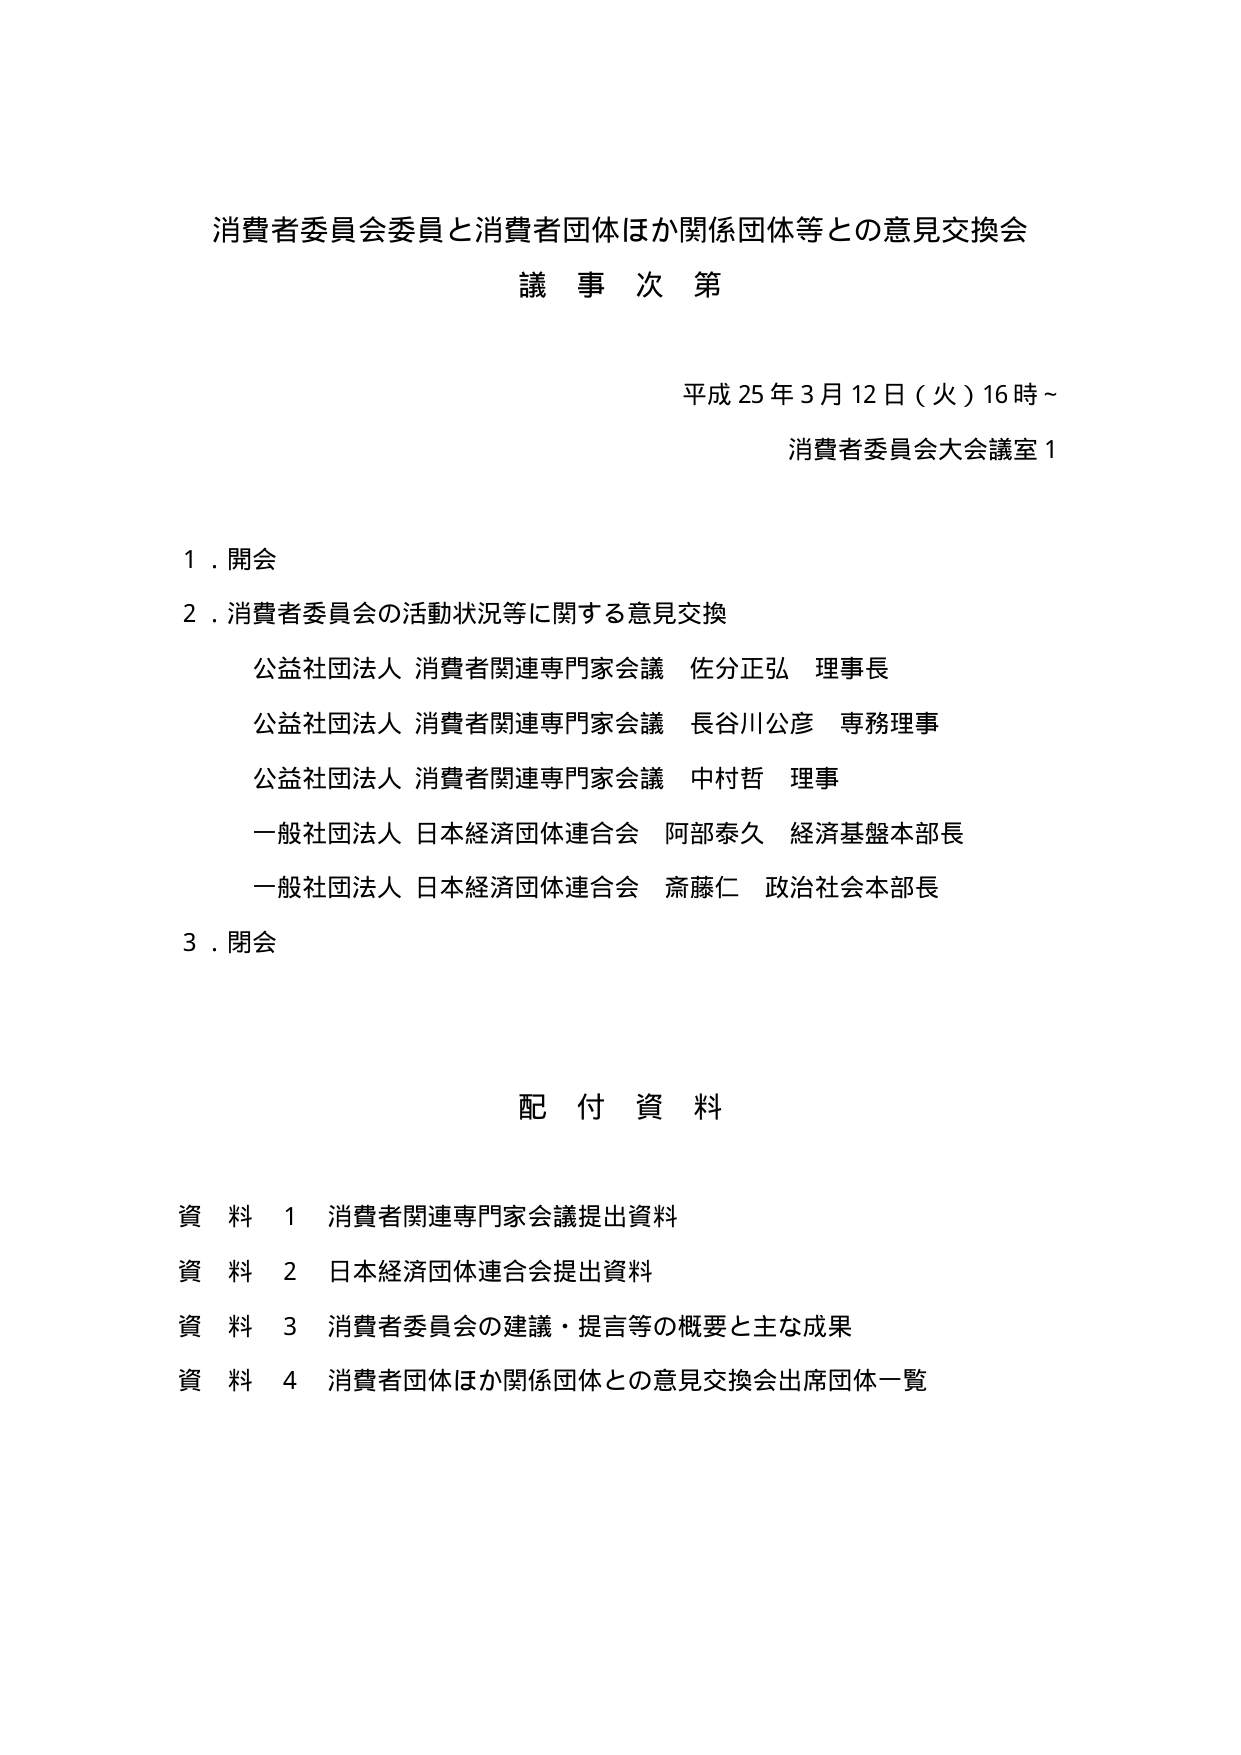
消費者委員会委員と消費者団体ほか関係団体等との意見交換会
議 事 次 第

平成25年3月12日（火）16時～
消費者委員会大会議室1

1．開会
2．消費者委員会の活動状況等に関する意見交換
　公益社団法人 消費者関連専門家会議 佐分正弘 理事長
　公益社団法人 消費者関連専門家会議 長谷川公彦 専務理事
　公益社団法人 消費者関連専門家会議 中村哲 理事
　一般社団法人 日本経済団体連合会 阿部泰久 経済基盤本部長
　一般社団法人 日本経済団体連合会 斎藤仁 政治社会本部長
3．閉会

配 付 資 料

資料 1 消費者関連専門家会議提出資料
資料 2 日本経済団体連合会提出資料
資料 3 消費者委員会の建議・提言等の概要と主な成果
資料 4 消費者団体ほか関係団体との意見交換会出席団体一覧